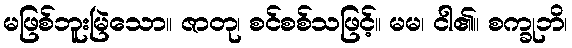
မဖြစ်ဘူးမြဲသော။ ဇာတု၊ စင်စစ်သဖြင့်။ မမ၊ ငါ၏။ စက္ခုဘိ၊